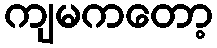
ကျမကတော့